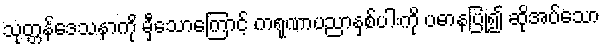
သုတ္တန်ဒေသနာကို မှီသောကြောင့် ကရုဏာပညာနှစ်ပါးကို ပဓာနပြု၍ ဆိုအပ်သော